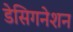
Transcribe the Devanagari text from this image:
डेसिगनेशन